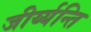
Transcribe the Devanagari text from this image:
जीर्य्यन्ति